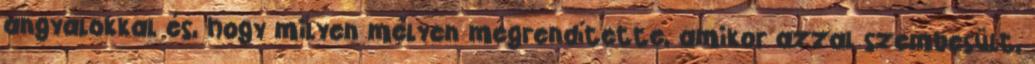
angyalokkal és, hogy milyen mélyen megrendítette, amikor azzal szembesült,